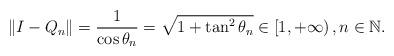
LaTeX: \begin{align*}{\Vert I-Q_{n}\Vert }=\frac{1}{\cos \theta _{n}}=\sqrt{1+\tan ^{2}\theta _{n}}\in \left[ 1,+\infty \right) ,n\in\mathbb{N}. \end{align*}